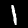
Digit: 1